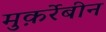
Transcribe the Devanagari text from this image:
मुक़र्रेबीन